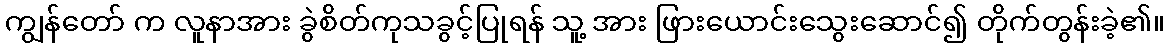
ကျွန်တော် က လူနာအား ခွဲစိတ်ကုသခွင့်ပြုရန် သူ့ အား ဖြားယောင်းသွေးဆောင်၍ တိုက်တွန်းခဲ့၏။